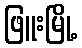
ဖြူးမြို့